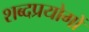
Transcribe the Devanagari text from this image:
शब्दप्रयोगों